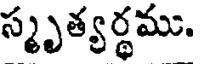
స్మృత్యర్థము.